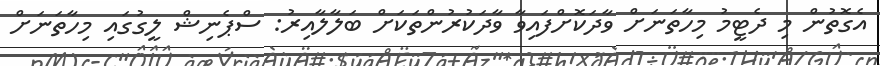
އެގޮތުން މި ދެޓީމު މިހާތަނަށް ވާދަކޮށްފައިވާ ވާދަކުރުންތަކަށް ބަލާލާއިރު: ސްޕެނިޝް ލީގުގައި މިހާތަނަށް